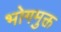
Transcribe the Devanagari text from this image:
भोगमुक्त